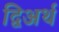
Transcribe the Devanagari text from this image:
द्विअर्थ